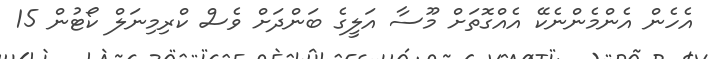
އެހެން އެންމެންނެކޭ އެއްގޮތަށް މޫސާ އަލީގެ ބަންދަށް ވެސް ކްރިމިނަލް ކޯޓުން 15